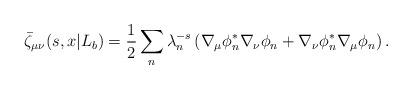
LaTeX: \begin{align*}\bar\zeta_ {\mu\nu}(s,x|L_b)= {1\over 2}\sum_n\lambda_n^{-s}\left(\nabla_\mu\phi_n^*\nabla_\nu\phi_n+\nabla_\nu\phi^*_n\nabla_\mu\phi_n\right).\end{align*}